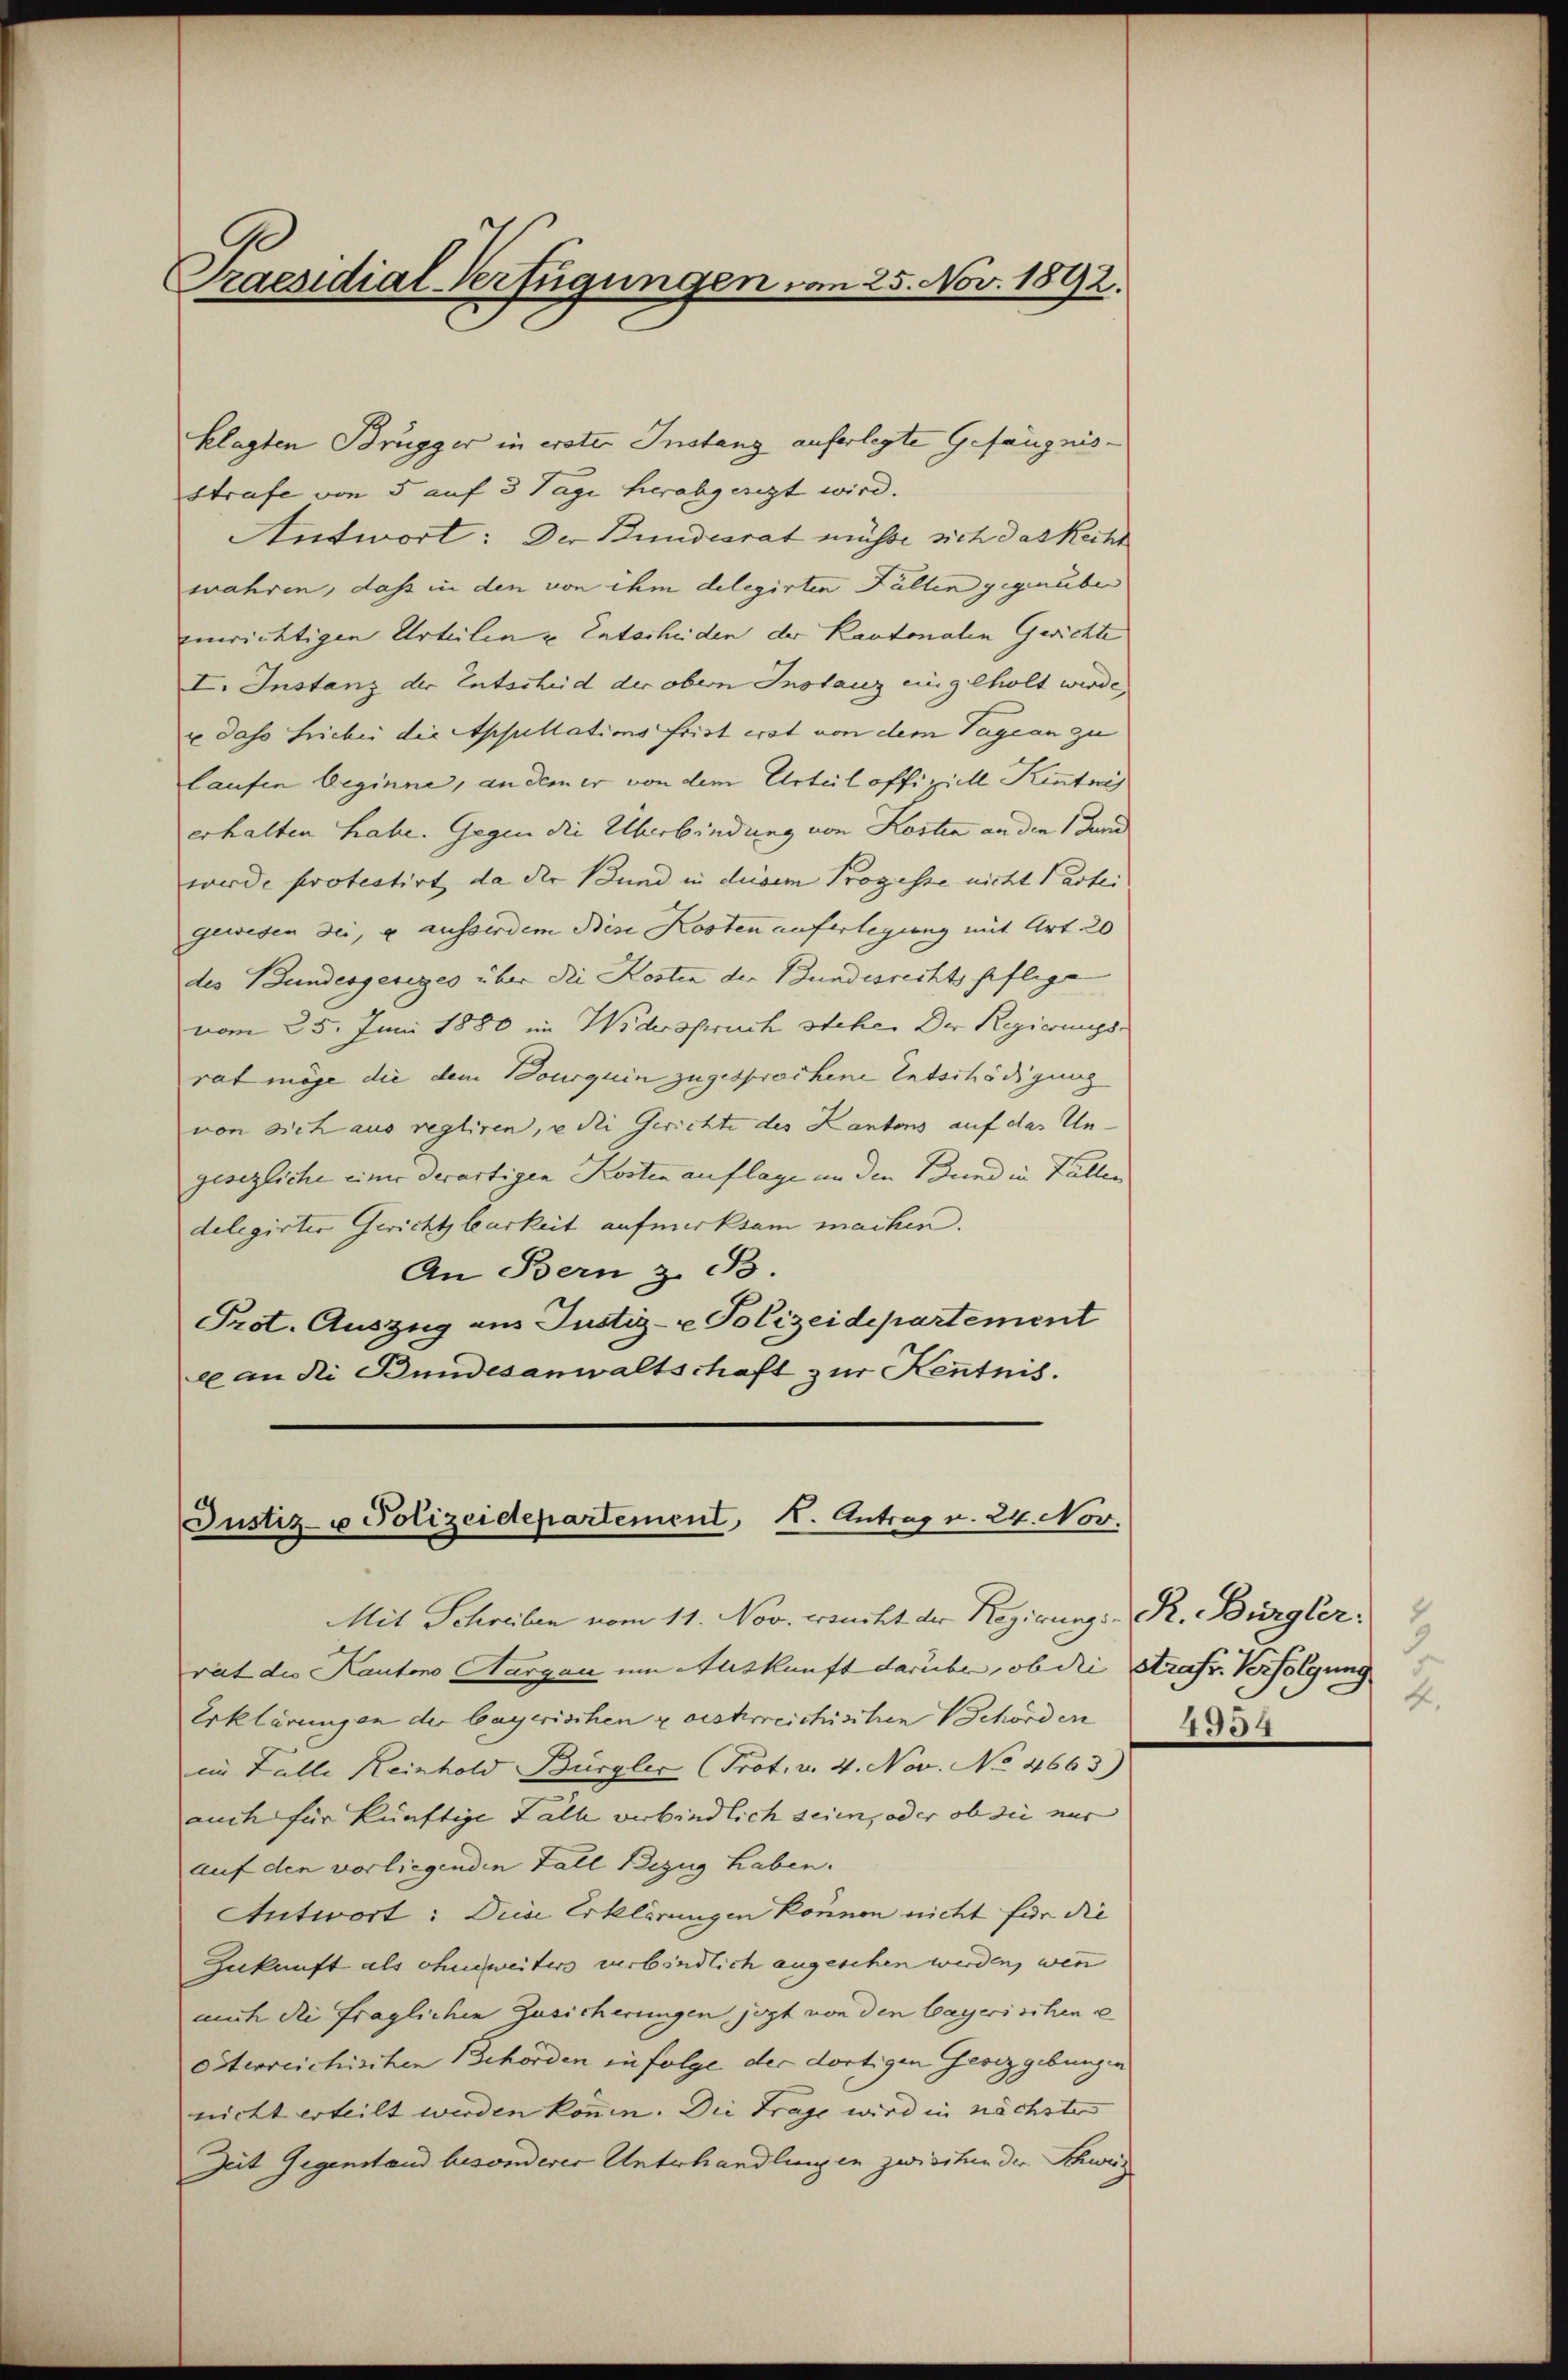
Praesidial-Verfügungen von 25. Nov. 1892.

klagten Brügger in erster Instanz auferlegte Gefängnisstrafe von 5 auf 3 Tage herabgeregt wird.
Antwort: Der Bundesrat müsse sich das Recht
wahren, dass in den von ihm delegirten Fällen gegenüber
einrichtigen Urteilen u. Entscheiden der Kantonalen Gerichte
I. Instanz der Entscheid der obern Instanz eingeholt werde,
u dass Liebei die Appellationsfrist erst von dem Tagean zu
laufen beginne, an dem er von dem Urteil offiziell Kenntnis
erhalten habe. Gegen die Überbindung von Kosten an den 1 und
werde protestirt, da der Bund in diesem Prozesse nicht Partei
gewesen sei, e ausserdem Bise Kosten auferlegung mit Art. 20
des Bundesgeseges über die Kosten der Bundesrechtspflege
vom 25. Juni 1880 im Widerspruch stehen Der Regierungs-
rat möge die dem Bourquin zugesprochene Entschädigung
von sich aus regliren, u die Gerichte des Kantons auf das Ungesezliche einer derartigen Kosten auflage in den Bund in Fällen
delegirten Gerichtbarkeit aufmerksam machen.
An Bern z. B.
Prot. Auszug aus Justiz- & Polizeidepartement
e an die Bundesanwaltschaft zur Kenntnis.

Justiz- u Polizeidepartement, K. Antrag v. 24. Nov.
Mit Schreiben vom 11. Nov. ersucht der Regierungs- R. Bürgler.

rat die Kantons Aargau um Auskunft darübe, ob die Strafr. Verfolgung
Erklärungen der bayerischen zerskreichischen Behörden
im Falle Reinhold Bürgler (Prof. v. 4. Nov. No 4663)
auch für künftige Fall verbindlich sein, oder ob sie nur
auf den vorliegenden Fall Bezug haben.
Antwort: Diese Erklärungen können nicht für die
Zukunft als ohne weiters verbindlich angesehen werden, wenn
mich die fraglichen Zusicherungen jezt von den bayerischen e
Osterreichischen Behörden in folge der dortigen Gesetzgebungen
nicht erteilt werden können. Die Frage wird in nächster
Zeit Gegenstand besonderer Unterhandlungen zwischen der Schweis

4.
1954